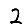
Digit: 2